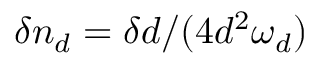
\delta n _ { d } = \delta d / ( 4 d ^ { 2 } \omega _ { d } )